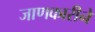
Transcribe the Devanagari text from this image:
जाणकारीने